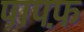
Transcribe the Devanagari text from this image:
पापफ़